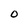
Character: O